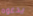
يدعوه